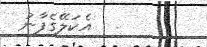
.  އެކަލޭގެފާނު